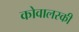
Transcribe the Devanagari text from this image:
कोवालस्की